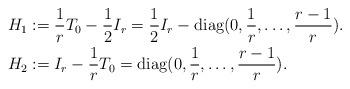
LaTeX: \begin{align*} H_1 &:= \frac{1}{r} T_0 - \frac{1}{2} I_r = \frac{1}{2} I_r - \mathrm{diag}(0, \frac{1}{r}, \dots, \frac{r-1}{r}).\\ H_2 &:= I_r - \frac{1}{r} T_0 = \mathrm{diag}(0, \frac{1}{r}, \dots, \frac{r-1}{r}).\end{align*}